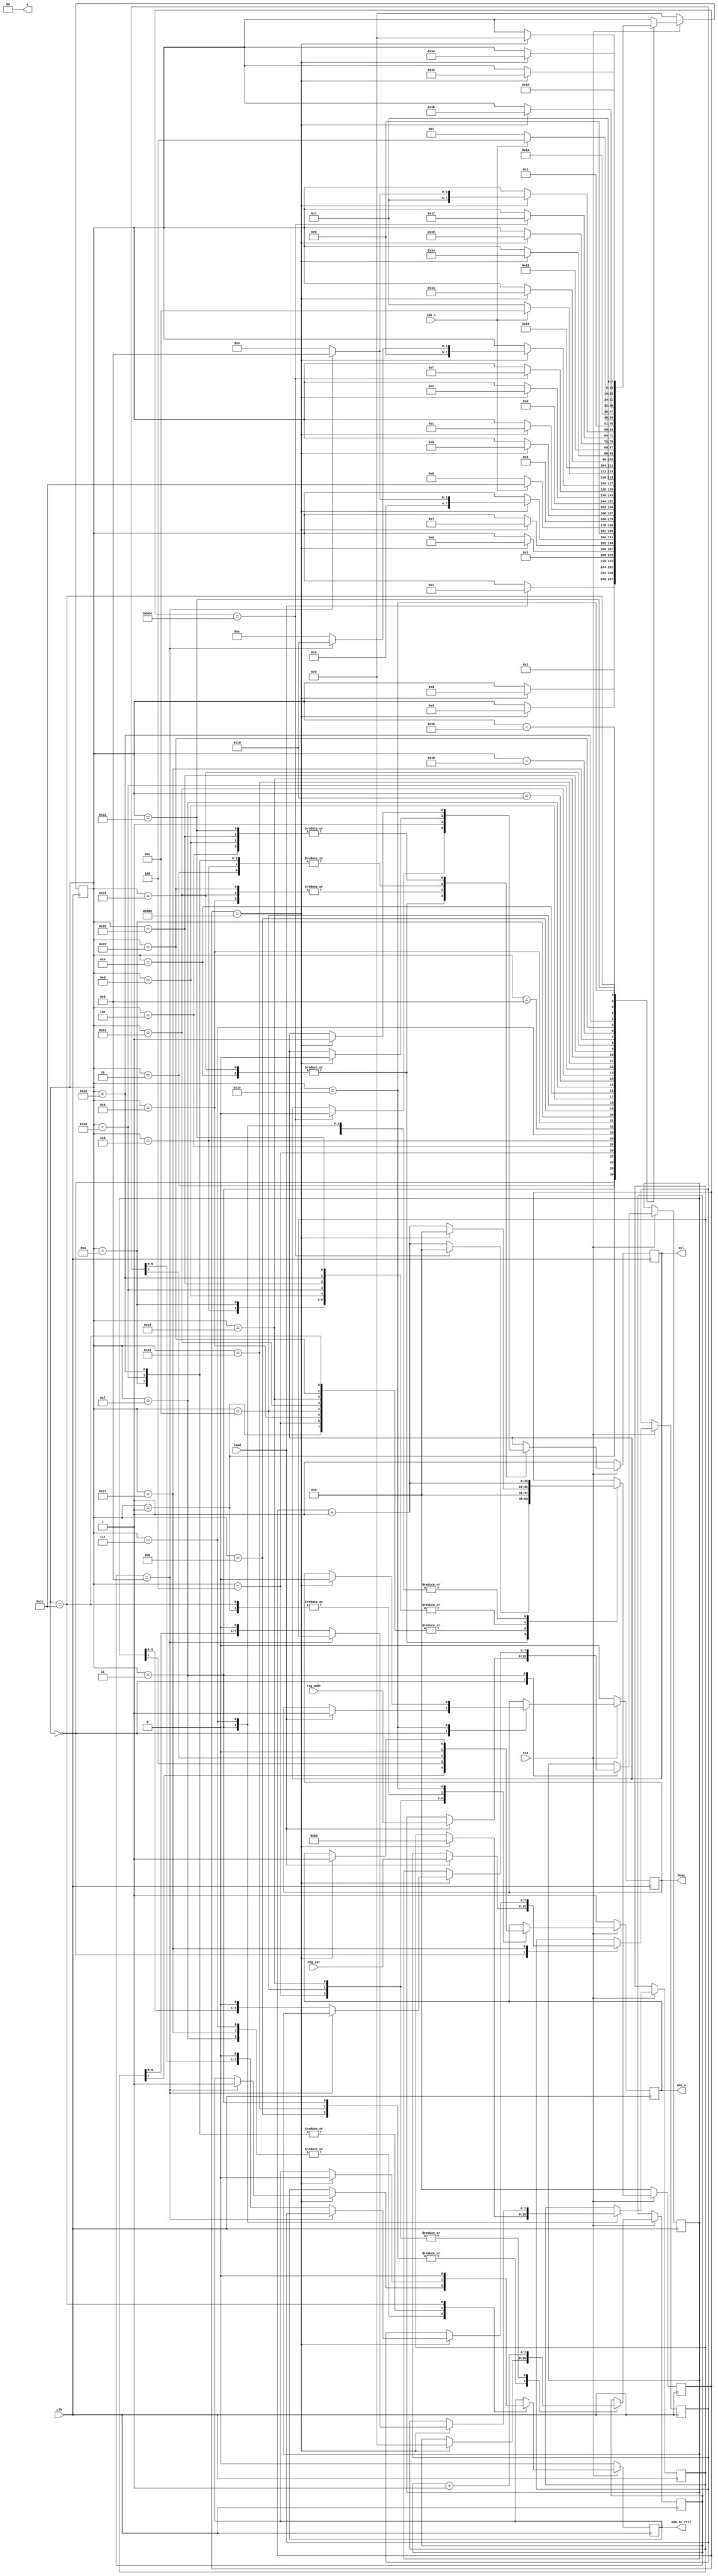
`timescale 1ns / 1ps
//////////////////////////////////////////////////////////////////////////////////
// Company: 
// Engineer: 
// 
// Design Name: 
// Module Name:    ds3502 
// Project Name: 
// Target Devices: 
// Tool versions: 
// Description: 
//
// Dependencies: 
//
// Revision: 
// Revision 0.01 - File Created
// Additional Comments: 
//
//////////////////////////////////////////////////////////////////////////////////
module ds3502
(
    input clk,
    input rst,

    input load,
    input [7:0] reg_addr,
    input [7:0] reg_var,
    output reg busy,
    
    output [1:0] a,
    output reg scl,
    input sda_i,
    output reg sda_o,
    output reg sda_io_ctrl//i-1,o-0
);

    assign a = 2'b00;

    reg [7:0] reg_addr_temp;
    reg [7:0] reg_var_temp;
    reg [7:0] fsm_state_cur;
    reg [15:0] delay_count;

    reg [7:0] i2c_addr_temp;
    reg [7:0] bit_temp;

    always @ (posedge clk) begin
        if(!rst) begin
            busy <= 1'b0;
            sda_io_ctrl <= 1'b0;
            scl <= 1'b1;
            sda_o <= 1'b1;
            delay_count <= 16'd0;
            fsm_state_cur <= 8'd0;
        end
        else begin
            case(fsm_state_cur)
                0 : begin
                    if(load) begin
                        reg_addr_temp <= reg_addr;
                        reg_var_temp <= reg_var;
                        busy <= 1'b1;
                        fsm_state_cur <= 8'd1;
                    end
                end
                //START BIT
                1 : begin
                    sda_o <= 1'b0;
                    delay_count <= 16'd0;
                    fsm_state_cur <= 8'd2;
                end
                2 : begin
                    delay_count <= delay_count + 16'd1;
                    if(delay_count == 1410) begin
                        scl <= 1'b0;
                        delay_count <= 16'd0;
                        fsm_state_cur <= 8'd3;
                    end
                end
                3 : begin
                    delay_count <= delay_count + 16'd1;
                    if(delay_count == 1410) begin
                        i2c_addr_temp <= 8'h50;
                        bit_temp <= 8'd0;
                        fsm_state_cur <= 8'd4;
                    end
                end
                //I2C WRITE ADDRESS
                4 : begin
                    sda_o <= i2c_addr_temp[7];
                    bit_temp <= bit_temp + 8'd1;
                    delay_count <= 16'd0;
                    fsm_state_cur <= 8'd5;
                end
                5 : begin
                    delay_count <= delay_count + 16'd1;
                    if(delay_count == 1410) begin
                        scl <= 1'b1;
                        delay_count <= 16'd0;
                        fsm_state_cur <= 8'd6;
                    end
                end
                6 : begin
                    delay_count <= delay_count + 16'd1;
                    if(delay_count == 1410) begin
                        scl <= 1'b0;
                        delay_count <= 16'd0;
                        fsm_state_cur <= 8'd7;
                    end
                end
                7 : begin
                    delay_count <= delay_count + 16'd1;
                    if(delay_count == 1410) begin
                        if(bit_temp == 8'd8) begin
                            sda_io_ctrl <= 1'b1;
                            fsm_state_cur <= 8'd8;
                        end
                        else begin
                            i2c_addr_temp <= {i2c_addr_temp[6:0],1'b0};
                            fsm_state_cur <= 8'd4;
                        end
                    end
                end
                //I2C ADDR ACK
                8 : begin
                    if(sda_i == 1'b0)
                        fsm_state_cur <= 8'd9;
                    else fsm_state_cur <= 8'd28;
                end
                9 : begin
                    scl <= 1'b1;
                    delay_count <= 16'd0;
                    fsm_state_cur <= 8'd9;
                end
                10 : begin
                    delay_count <= delay_count + 16'd1;
                    if(delay_count == 1410) begin
                        scl <= 1'b0;
                        sda_io_ctrl <= 1'b0;
                        delay_count <= 16'd0;
                        fsm_state_cur <= 8'd11;
                    end 
                end
                11 : begin
                    delay_count <= delay_count + 16'd1;
                    if(delay_count == 1410) begin
                        bit_temp <= 8'd0;
                        fsm_state_cur <= 8'd12;
                    end 
                end
                //REG ADDR
                12 : begin
                    sda_o <= reg_addr_temp[7];
                    bit_temp <= bit_temp + 8'd1;
                    delay_count <= 16'd0;
                    fsm_state_cur <= 8'd13;
                end
                13: begin
                    delay_count <= delay_count + 16'd1;
                    if(delay_count == 1410) begin
                        scl <= 1'b1;
                        delay_count <= 16'd0;
                        fsm_state_cur <= 8'd14;
                    end
                end
                14 : begin
                    delay_count <= delay_count + 16'd1;
                    if(delay_count == 2820) begin
                        scl <= 1'b0;
                        delay_count <= 16'd0;
                        fsm_state_cur <= 8'd15;
                    end
                end
                15 : begin
                    delay_count <= delay_count + 16'd1;
                    if(delay_count == 1410) begin
                        if(bit_temp == 8'd8) begin
                            sda_io_ctrl <= 1'b1;
                            fsm_state_cur <= 8'd16;
                        end
                        else begin
                            reg_addr_temp <= {reg_addr_temp[6:0],1'b0};
                            fsm_state_cur <= 8'd12;
                        end
                    end
                end
                //REG ADDR ACK
                16 : begin
                    if(sda_i == 1'b0)
                        fsm_state_cur <= 8'd17;
                    else  fsm_state_cur <= 8'd28;
                end
                17 : begin
                    scl <= 1'b1;
                    delay_count <= 16'd0;
                    fsm_state_cur <= 8'd18;
                end
                18 : begin
                    delay_count <= delay_count + 16'd1;
                    if(delay_count == 1410) begin
                        scl <= 1'b0;
                        sda_io_ctrl <= 1'b0;
                        delay_count <= 16'd0;
                        fsm_state_cur <= 8'd19;
                    end 
                end
                19 : begin
                    delay_count <= delay_count + 16'd1;
                    if(delay_count == 1410) begin
                        bit_temp <= 8'd0;
                        fsm_state_cur <= 8'd20;
                    end 
                end
                //REG VALUE
                20 : begin
                    sda_o <= reg_var_temp[7];
                    bit_temp <= bit_temp + 8'd1;
                    delay_count <= 16'd0;
                    fsm_state_cur <= 8'd21;
                end
                21: begin
                    delay_count <= delay_count + 16'd1;
                    if(delay_count == 1410) begin
                        scl <= 1'b1;
                        delay_count <= 16'd0;
                        fsm_state_cur <= 8'd22;
                    end
                end
                22 : begin
                    delay_count <= delay_count + 16'd1;
                    if(delay_count == 2820) begin
                        scl <= 1'b0;
                        delay_count <= 16'd0;
                        fsm_state_cur <= 8'd23;
                    end
                end
                23 : begin
                    delay_count <= delay_count + 16'd1;
                    if(delay_count == 1410) begin
                        if(bit_temp == 8'd8) begin
                            sda_io_ctrl <= 1'b1;
                            fsm_state_cur <= 8'd24;
                        end
                        else begin
                            reg_var_temp <= {reg_var_temp[6:0],1'b0};
                            fsm_state_cur <= 8'd20;
                        end
                    end
                end
                //REG VALUE ACK                
                24 : begin
                    if(sda_i == 1'b0)
                        fsm_state_cur <= 8'd25;
                    else fsm_state_cur <= 8'd28;
                end
                25 : begin
                    scl <= 1'b1;
                    delay_count <= 16'd0;
                    fsm_state_cur <= 8'd26;
                end
                26 : begin
                    delay_count <= delay_count + 16'd1;
                    if(delay_count == 1410) begin
                        scl <= 1'b0;
                        sda_io_ctrl <= 1'b0;
                        delay_count <= 16'd0;
                        fsm_state_cur <= 8'd27;
                    end 
                end
                27 : begin
                    delay_count <= delay_count + 16'd1;
                    if(delay_count == 1410)
                        fsm_state_cur <= 8'd28;
                end
                //stop bit
                28 : begin
                    sda_io_ctrl <= 1'b0;
                    sda_o <= 1'b0;
                    delay_count <= 16'd0;
                    fsm_state_cur <= 8'd29;
                end
                29 : begin
                    delay_count <= delay_count + 16'd1;
                    if(delay_count == 1410) begin
                        scl <= 1'b1;
                        delay_count <= 16'd0;
                        fsm_state_cur <= 8'd30;
                    end 
                end
                30 : begin
                    delay_count <= delay_count + 16'd1;
                    if(delay_count == 1410) begin
                        sda_o <= 1'b1;
                        busy <= 1'b0;
                        fsm_state_cur <= 8'd0;
                    end
                end
            endcase
        end
    end

endmodule